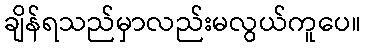
ချိန်ရသည်မှာလည်းမလွယ်ကူပေ။